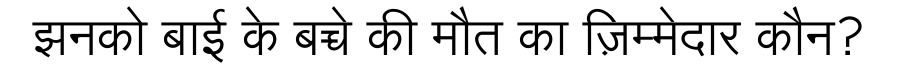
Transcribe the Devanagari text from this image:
झनको बाई के बच्चे की मौत का ज़िम्मेदार कौन?